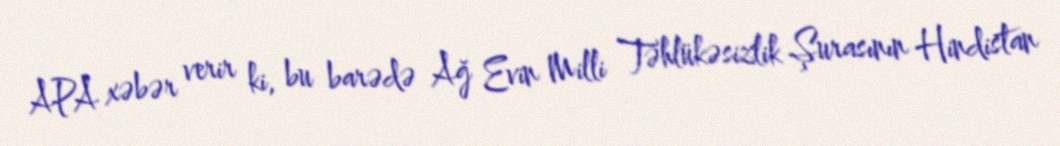
APA xəbər verir ki, bu barədə Ağ Evin Milli Təhlükəsizlik Şurasının Hindistan